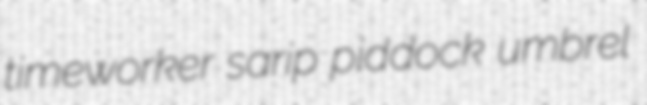
timeworker sarip piddock umbrel